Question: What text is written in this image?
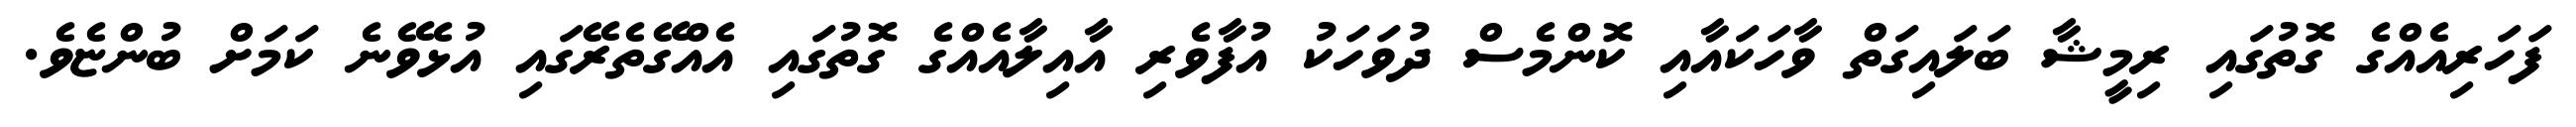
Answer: ފަހަރިއެއްގެ ގޮތުގައި ރިމީޝާ ބަލައިގަތް ވާހަކައާއި ކޮންމެސް ދުވަހަކު އުފާވެރި އާއިލާއެއްގެ ގޮތުގައި އެއްގޭތެރޭގައި އުޅެވޭނެ ކަމަށް ބުންޏެވެ.